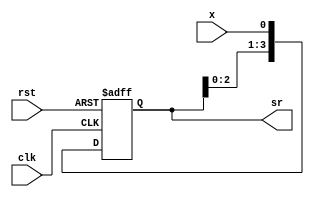
// Simple shift register
module day6(clk,rst,x,sr);
  input     wire        clk;
  input     wire        rst;
  input     wire        x;    

  output    reg [3:0]   sr;

  always @(posedge clk or posedge rst)
    if (rst)
      sr <= 4'h0;
    else
      sr <= {sr[2:0], x};

endmodule